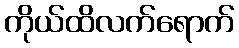
ကိုယ်ထိလက်ရောက်